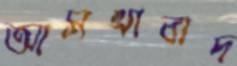
আসখাবাদ